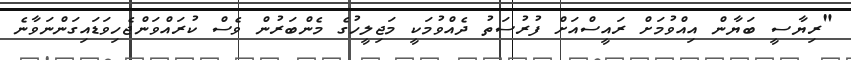
"ރިޔާސީ ބަޔާން އިއްވުމަށް ރައީސްއަށް ފުރުސަތު ދެއްވުމަކީ މަޖިލީހުގެ މެންބަރުން ވެސް ކުރައްވަންޖެހިވަޑައިގަންނަވާނެ